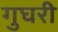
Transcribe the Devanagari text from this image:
गुघरी